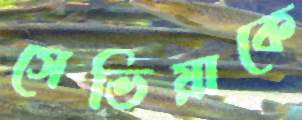
সেভিয়াকে